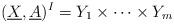
LaTeX: \begin{align*} (\underline{X},\underline{A})^I=Y_1\times\cdots\times Y_m \end{align*}